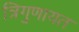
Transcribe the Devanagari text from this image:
त्रिगुणायत